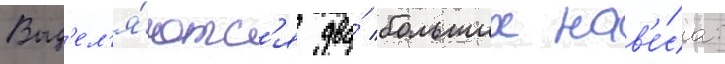
Выд'ел'я́ютс'я два́ больших нав'е́са: